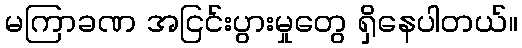
မကြာခဏ အငြင်းပွားမှုတွေ ရှိနေပါတယ်။